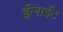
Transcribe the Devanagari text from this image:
ईलाईट